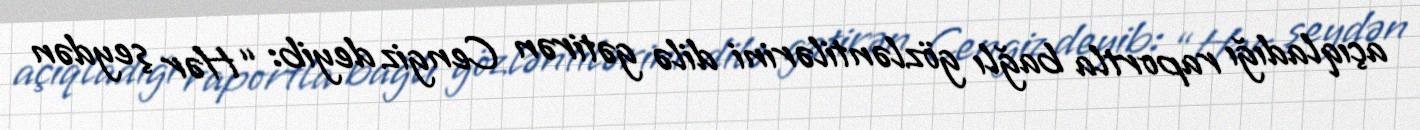
açıqladığı raportla bağlı gözləntilərini dilə gətirən Cengiz deyib: “Hər şeydən